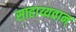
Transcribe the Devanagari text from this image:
साहाय्यवान्